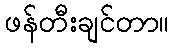
ဖန်တီးချင်တာ။